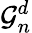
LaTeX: {\mathcal{G}}_{n}^{d}